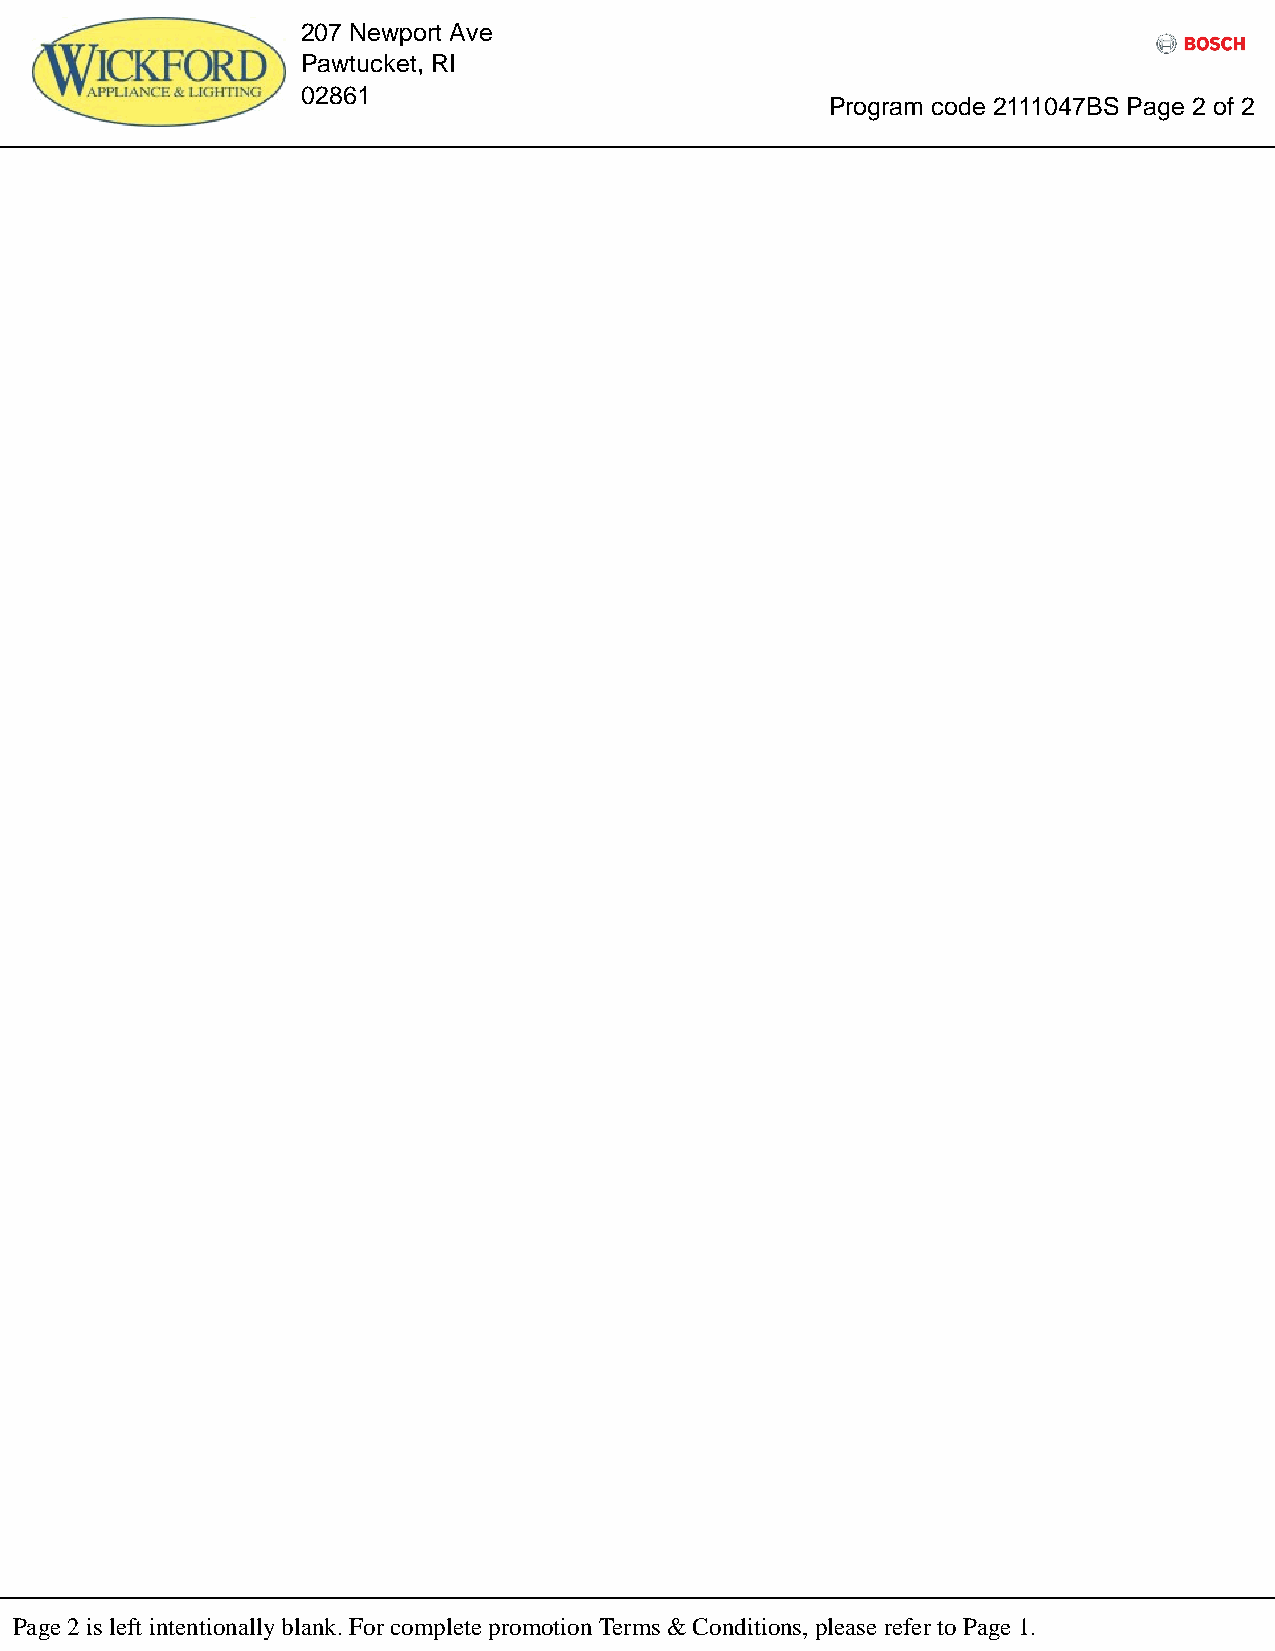
207 Newport Ave
 Pawtucket, RI
 02861
 Program code 2111047BS Page 2 of 2
 Refrigerator
 Page 2 is left intentionally blank. For complete promotion Terms & Conditions, please refer to Page 1.